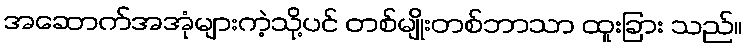
အဆောက်အအုံများကဲ့သို့ပင် တစ်မျိုးတစ်ဘာသာ ထူးခြား သည်။